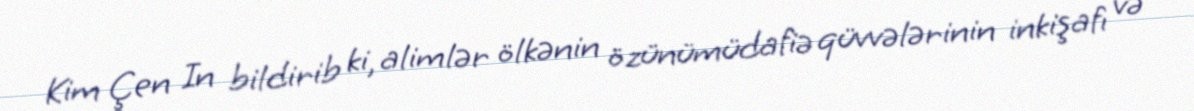
Kim Çen In bildirib ki, alimlər ölkənin özünümüdafiə qüvvələrinin inkişafı və